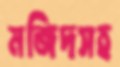
মজিদসহ